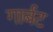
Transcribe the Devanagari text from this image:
गार्बट